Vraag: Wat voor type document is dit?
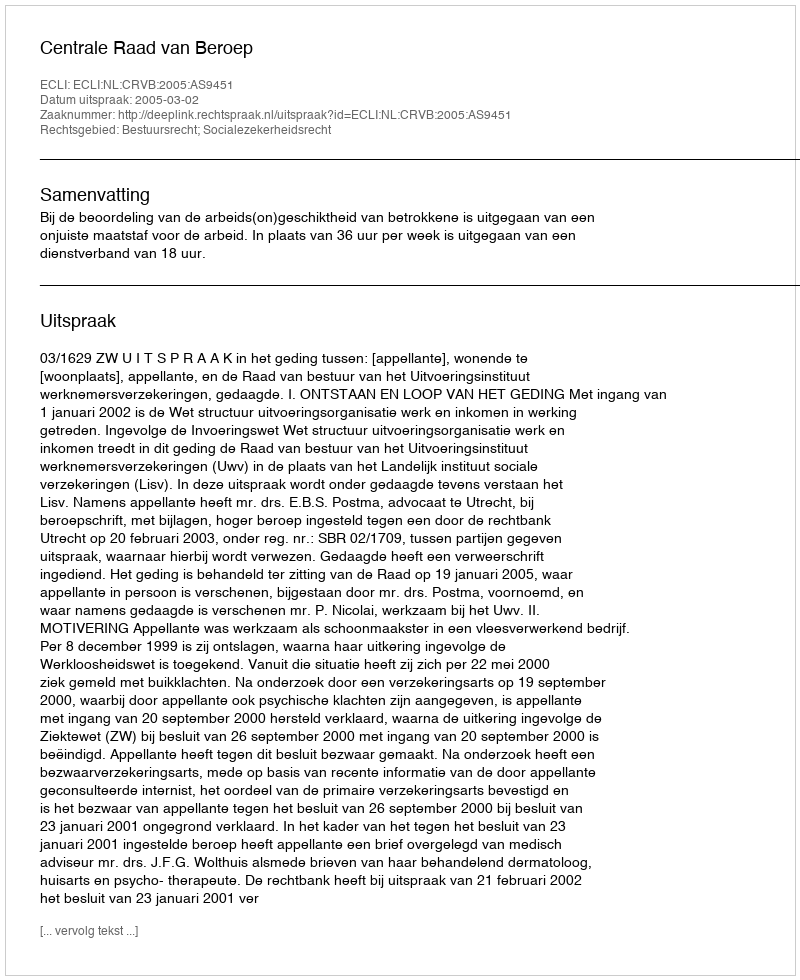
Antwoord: Uitspraak